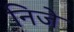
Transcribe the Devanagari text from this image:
निजे